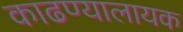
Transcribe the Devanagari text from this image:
काढण्यालायक